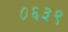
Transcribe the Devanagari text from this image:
०६३९